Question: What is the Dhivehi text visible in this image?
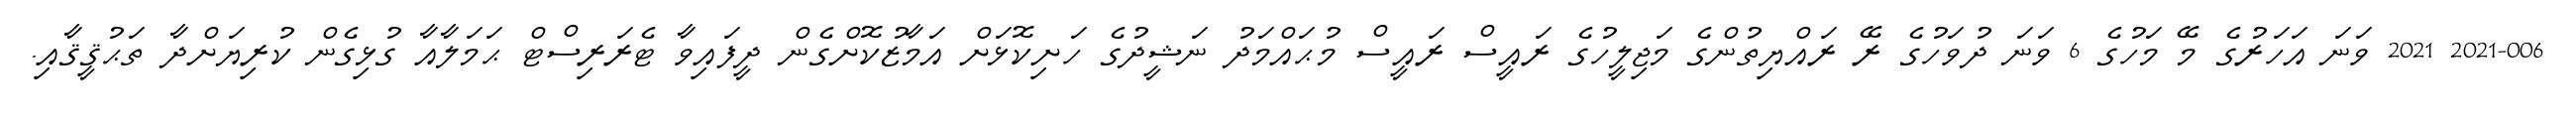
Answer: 2021-006 2021 ވަނަ އަހަރުގެ މޭ މަހުގެ 6 ވަނަ ދުވަހުގެ ރޭ ރައްޔިތުންގެ މަޖިލީހުގެ ރައީސް ރައީސް މުޙައްމަދު ނަޝީދުގެ ހަށިކޮޅަށް އަމާޒުކޮށްގެން ދީފައިވާ ޓެރަރިސްޓް ޙަމަލާއާ ގުޅިގެން ކުރިޔަށްދާ ތަޙުޤީޤާއި.